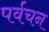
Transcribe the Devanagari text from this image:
पर्वचन